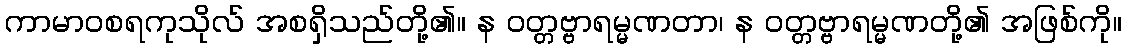
ကာမာဝစရကုသိုလ် အစရှိသည်တို့၏။ န ဝတ္တဗ္ဗာရမ္မဏတာ၊ န ဝတ္တဗ္ဗာရမ္မဏတို့၏ အဖြစ်ကို။